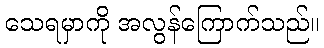
သေရမှာကို အလွန်ကြောက်သည်။